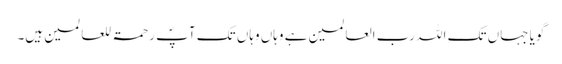
گویا جہاں تک اللہ رب العالمین ہے وہاں وہاں تک آپؐ رحمۃ للعالمین ہیں۔